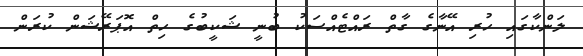
ލަންކާގައި ހުރި އޭނާގެ ގާތް ރައްޓެއްސަކު ބުނީ ޝަކީބުގެ ހިތް އޮޕަރޭޝަން ކުރަން